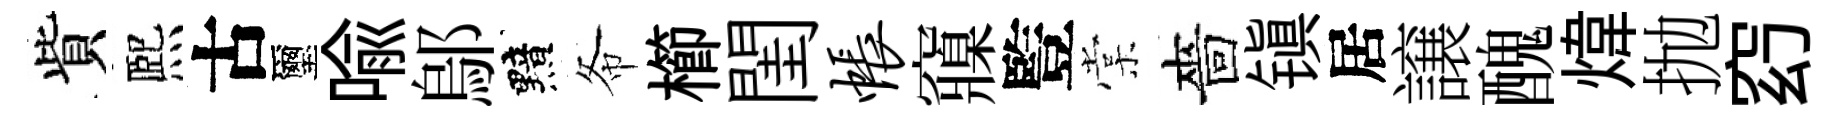
貲熈古璽喩鄔黯𢁙櫛閨帐䆿䜿棠嗇镇居譲醜煒抛𥥆